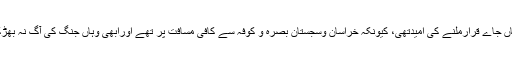
اسے وہاں جاے قرارملنے کی امیدتھی، کیونکہ خراسان وسجستان بصرہ و کوفہ سے کافی مسافت پر تھے اورابھی وہاں جنگ کی آگ نہ بھڑکی تھی۔